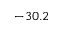
- 3 0 . 2